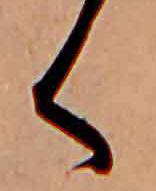
く